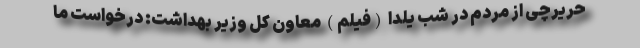
حريرچی از مردم در شب یلدا (فیلم) معاون کل وزير بهداشت: درخواست ما